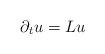
LaTeX: \begin{align*}\partial_t u = Lu\end{align*}